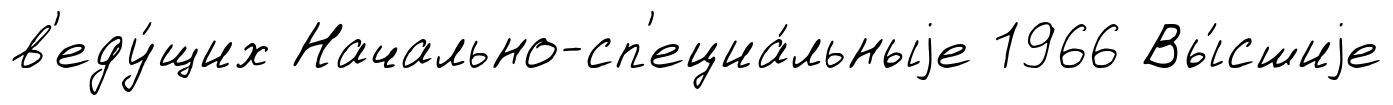
в'еду́щих Начально-сп'ециа́льныjе 1966 Вы́сшиjе